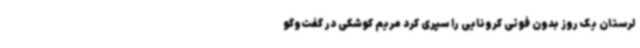
لرستان یک روز بدون فوتی کرونایی را سپری کرد مریم کوشکی در گفت‌وگو